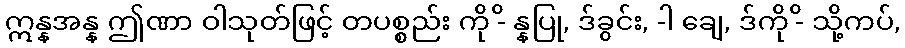
ဣန္နအန္န ဤဏာ ဝါသုတ်ဖြင့် တပစ္စည်း ကို -ိ န္နပြု, ဒ်ခွင်း, -ါ ချေ, ဒ်ကို -ိ သို့ကပ်,